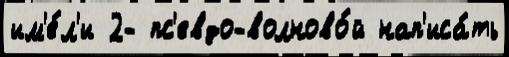
им'е́л'и 2- пс'евдо-волново́й нап'иса́ть